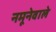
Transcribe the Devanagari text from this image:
नमूनेवाले